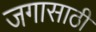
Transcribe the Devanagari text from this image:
जगासाठी